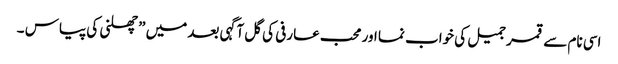
اسی نام سے قمر جمیل کی خواب نما اور محب عارفی کی گل آگہی بعد میں ” چھلنی کی پیاس ۔